Lunatic asylums United Provinces 1899-1908 - 1899-1908
Year: 1899
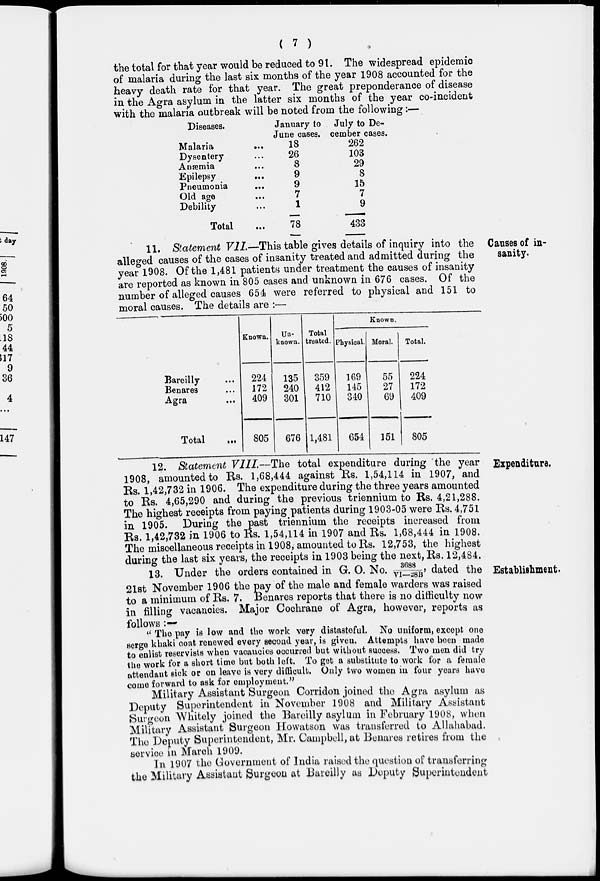
( 7 )
the total for that year would be reduced to 91. The widespread epidemic
of malaria during the last six months of the year 1908 accounted for the
heavy death rate for that year. The great preponderance of disease
in the Agra asylum in the latter six months of the year co-incident
with the malaria outbreak will be noted from the following:—
Diseases.
Malaria
...
Dysentery ...
Anemia ...
Epilepsy ...
Pneumonia
...
Old age ...
Debility ...
Total ...
January to
June cases.
18
26
8
9
9
7
1
78
July to De-
cember cases.
262
103
29
8
15
7
9
433
Causes of in-
sanity.
11. Statement VII—This table gives details of inquiry into the
alleged causes of the cases of insanity treated and admitted during the
year 1908. Of the 1,481 patients under treatment the causes of insanity
are reported as known in 805 cases and unknown in 676 cases. Of the
number of alleged causes 654 were referred to physical and 151 to
moral causes. The details are :—
Bareilly ...
Benares ...
Agra ...
Total ...
Known.
224
172
409
805
Un-
known.
135
240
301
676
Total
treated.
359
412
710
1,481
Known.
Physical.
169
145
340
654
Moral.
55
27
69
151
Total.
224
172
409
805
Expenditure.
12. Statement VIII.—The total expenditure during the year
1908, amounted to Rs. 1,68,444 against Rs. 1,54,114 in 1907, and
Rs. 1,42,732 in 1906. The expenditure during the three years amounted
to Rs. 4,65,290 and during the previous triennium to Rs. 4,21,288.
The highest receipts from paying patients during 1903-05 were Rs. 4,751
in 1905. During the past triennium the receipts increased from
Rs. 1,42,732 in 1906 to Rs. 1,54,114 in 1907 and Rs. 1,68,444 in 1908.
The miscellaneous receipts in 1908, amounted to Rs. 12,753, the highest
during the last six years, the receipts in 1903 being the next, Rs. 12,484.
Establishment.
13. Under the orders contained in G. O. No. 3688/VI—28B, dated the
21st November 1906 the pay of the male and female warders was raised
to a minimum of Rs. 7. Benares reports that there is no difficulty now
in filling vacancies. Major Cochrane of Agra, however, reports as
follows : —
" The pay is low and the work very distasteful. No uniform, except one
serge khaki coat renewed every second year, is given. Attempts have been made
to enlist reservists when vacancies occurred but without success. Two men did try
the work for a short time but both left. To get a substitute to work for a female
attendant sick or on leave is very difficult. Only two women in four years have
come forward to ask for employment."
Military Assistant Surgeon Corridon joined the Agra asylum as
Deputy Superintendent in November 1908 and Military Assistant
Surgeon Whitely joined the Bareilly asylum in February 1908, when
Military Assistant Surgeon Howatson was transferred to Allahabad.
The Deputy Superintendent, Mr. Campbell, at Benares retires from the
service in March 1909.
In 1907 the Government of India raised the question of transferring
the Military Assistant Surgeon at Bareilly as Deputy Superintendent